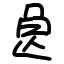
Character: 𣌩